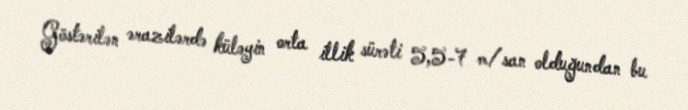
Göstərilən ərazilərdə küləyin orta illik sürəti 5,5-7 m/san olduğundan bu